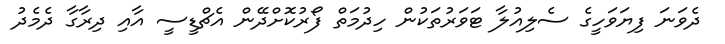
ދެވަނަ ފިޔަވަހީގެ ސެލިއުލާ ޓަވަރުތަކުން ހިދުމަތް ފޯރުކޮށްދޭން އެޗްޑީސީ އާއި ދިރާގާ ދެމެދު